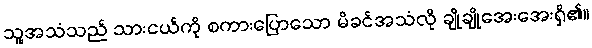
သူ့အသံသည် သားငယ်ကို စကားပြောသော မိခင်အသံလို ချိုချိုအေးအေးရှိ၏။